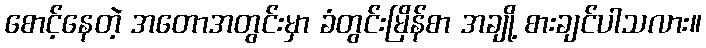
စောင့်နေတဲ့ အတောအတွင်းမှာ ခံတွင်းမြိန်စာ အချို့ စားချင်ပါသလား။